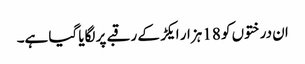
ان درختوں کو 18 ہزار ایکڑ کے رقبے پر لگایا گیا ہے۔